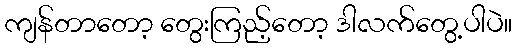
ကျန်တာတော့ တွေးကြည့်တော့ ဒါလက်တွေ့ပါပဲ။